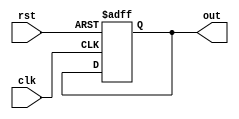
module behavioral_modeling (
    input wire clk,
    input wire rst,
    output reg out
);

always @(posedge clk or negedge rst) begin
    if (!rst) begin
        out <= 1'b0;
    end else begin
        // Your desired logic here
    end
end

endmodule